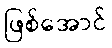
ဖြစ်အောင်